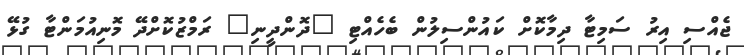
ޖެއްސި އިރު ސަމިޓާ ދިމާކޮށް ކައުންސިލުން ބެހެއްޓި "ދޮންދީނި" ރަމްޒުކޮށްދޭ މޮނިއުމަންޓާ ގުޅޭ